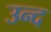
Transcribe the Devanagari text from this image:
उन्द